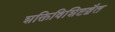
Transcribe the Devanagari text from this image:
शक्तिविशिष्टद्वैत